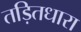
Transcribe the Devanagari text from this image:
तड़ितधारा